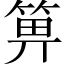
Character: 箅